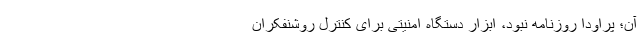
آن؛ پراودا روزنامه نبود، ابزار دستگاه امنیتی برای کنترل روشنفکران